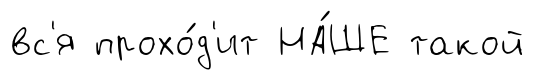
вс'я прохо́д'ит НА́ШЕ такой